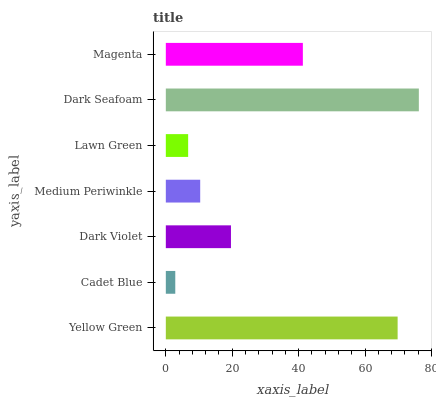
| yaxis_label | bars |
 | --- | --- |
 | Yellow Green | 69.8 |
 | Cadet Blue | 2.85 |
 | Dark Violet | 19.6 |
 | Medium Periwinkle | 10.4 |
 | Lawn Green | 6.72 |
 | Dark Seafoam | 76.2 |
 | Magenta | 41.3 |